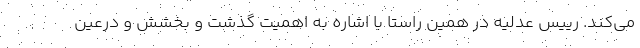
می‌کند. رییس عدلیه در همین راستا با اشاره به اهمیت گذشت و بخشش و درعین